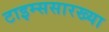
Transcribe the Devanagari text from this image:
टाइम्ससारख्या